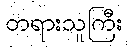
တရားသူကြီး